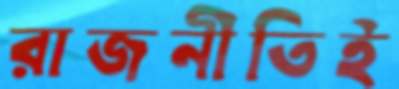
রাজনীতিই